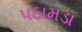
પઠામડા